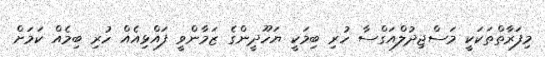
މިފަރާތްތަކަކީ މަސްޖިދުލްއަގްސާ ހުރި ބިމަކީ ޔަހޫދީންގެ ޒަމާންވީ ފައްޅިއެއް ހުރި ބިމެއް ކަމަށް